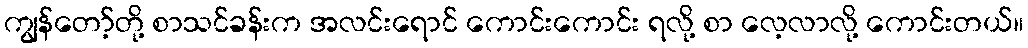
ကျွန်တော့်တို့ စာသင်ခန်းက အလင်းရောင် ကောင်းကောင်း ရလို့ စာ လေ့လာလို့ ကောင်းတယ်။